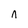
Character: n